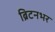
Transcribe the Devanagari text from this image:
ब्रिटनभर